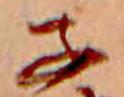
子